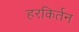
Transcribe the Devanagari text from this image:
हरकिर्तन